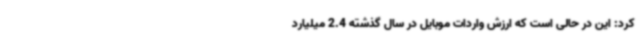
کرد: این در حالی است که ارزش واردات موبایل در سال گذشته 2.4 میلیارد